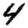
Digit: 4